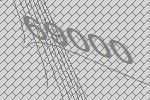
69000